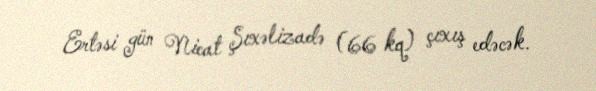
Ertəsi gün Nicat Şıxəlizadə (66 kq) çıxış edəcək.